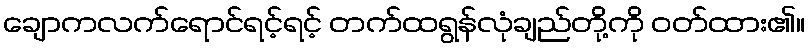
ချောကလက်ရောင်ရင့်ရင့် တက်ထရွန်လုံချည်တို့ကို ဝတ်ထား၏။